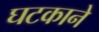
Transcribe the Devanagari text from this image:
घटकाने